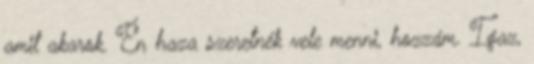
amit akarok. Én haza szeretnék vele menni, hozzám. Igaz,